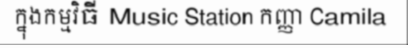
ក្នុងកម្មវិធី Music Station កញ្ញា Camila